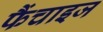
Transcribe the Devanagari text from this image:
फैंचाइज